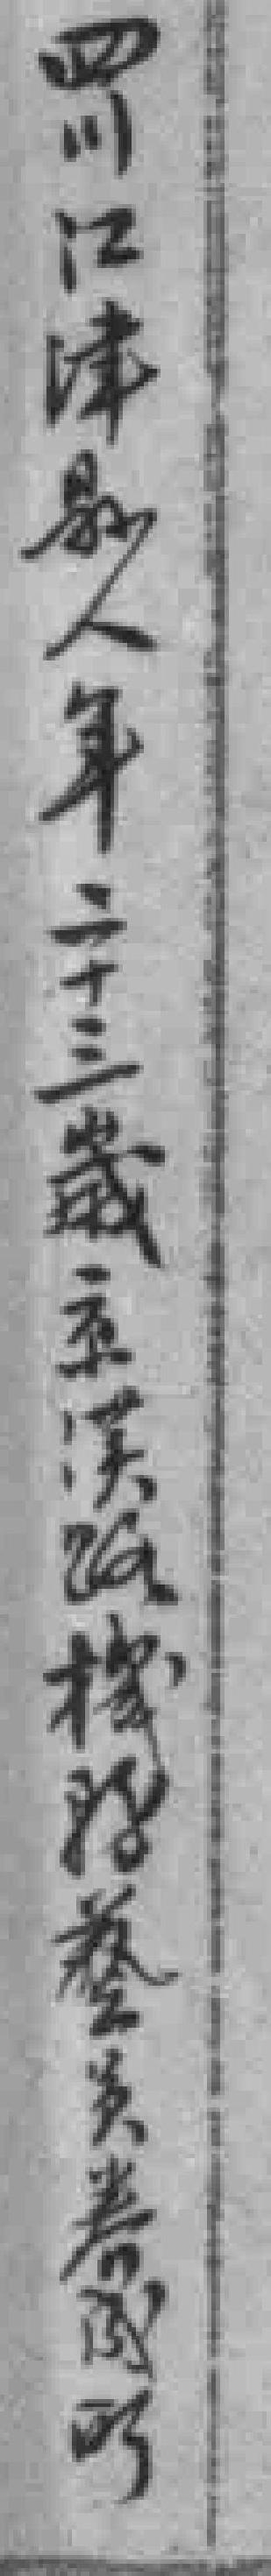
四江江津縣人年二十三歲京漢*藝*券*所